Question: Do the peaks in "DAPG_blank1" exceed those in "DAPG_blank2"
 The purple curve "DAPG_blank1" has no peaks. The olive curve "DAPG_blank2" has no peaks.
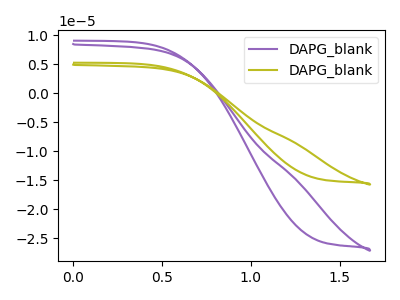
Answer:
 <answer>Niether CV has any peaks.</answer>
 <eval>blanks</eval>